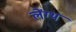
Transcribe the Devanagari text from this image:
लेंग्थ